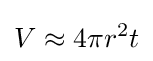
V\approx 4\pi r^{2}t